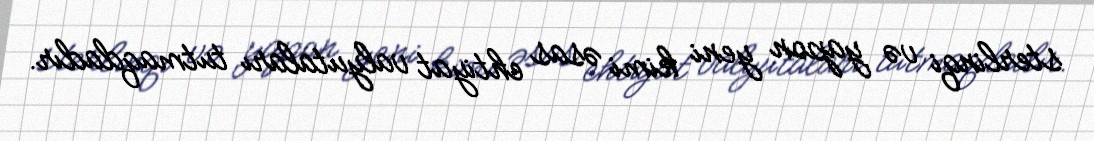
sterlinqi və yapon yeni kimi əsas ehtiyat valyutaları tutmaqdadır.